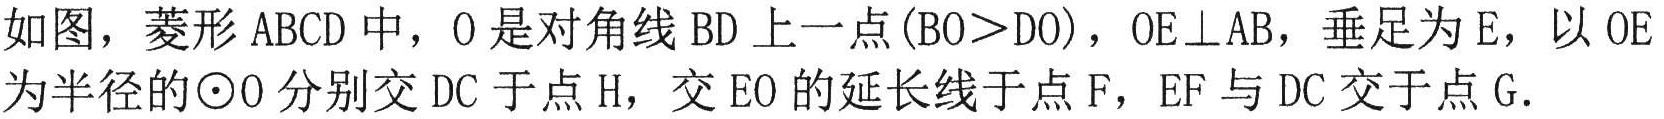
如图，菱形 \(ABCD\) 中，\(O\) 是对角线 \(BD\) 上一点 \((BO > DO)\)，\(OE\perp AB\)，垂足为 \(E\)，以 \(OE\) 为半径的\(\odot O\) 分别交 \(DC\) 于点 \(H\)，交 \(EO\) 的延长线于点 \(F\)，\(EF\) 与 \(DC\) 交于点 \(G\).